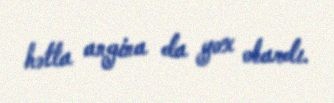
hətta angina da yox olardı.